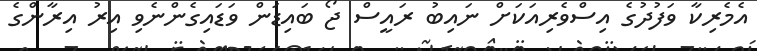
އެމެރިކާ ވަފުދުގެ އިސްވެރިއަކަށް ނައިބު ރައީސް ޖޯ ބައިޑަން ވަޑައިގެންނެވި އިރު އިރާންގެ